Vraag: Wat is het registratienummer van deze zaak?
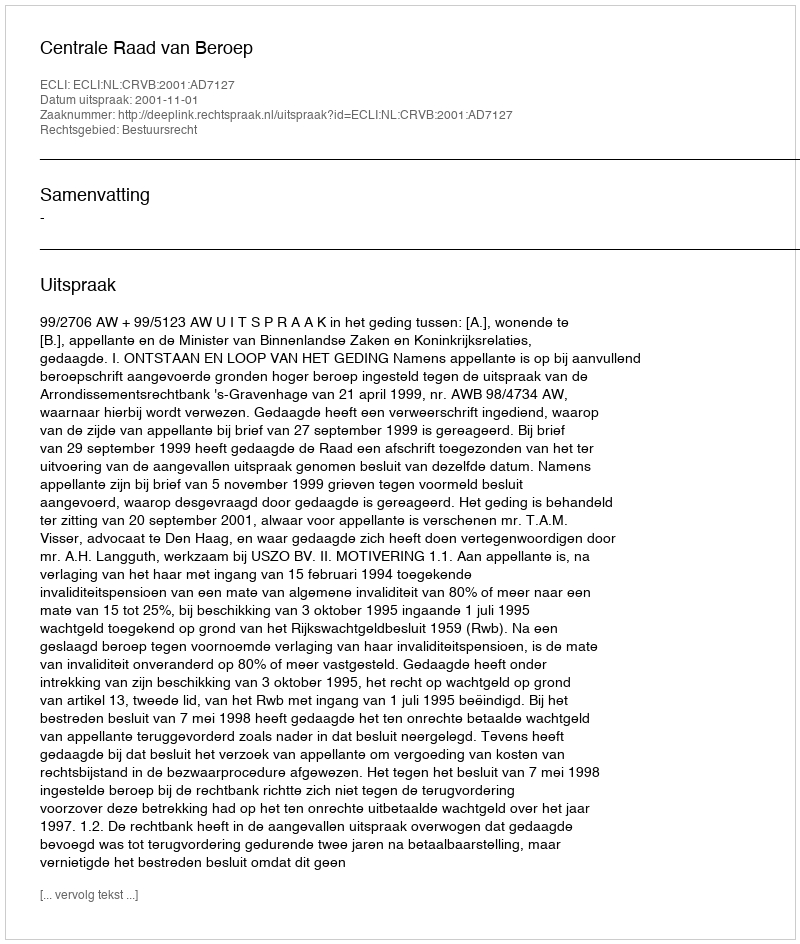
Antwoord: http://deeplink.rechtspraak.nl/uitspraak?id=ECLI:NL:CRVB:2001:AD7127